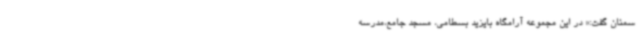
سمنان گفت:« در این مجموعه آرامگاه بایزید بسطامی، مسجد جامع،مدرسه